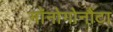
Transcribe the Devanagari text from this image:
मॉनोगोनौंटा